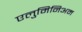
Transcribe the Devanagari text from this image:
एलुमिनिअम